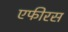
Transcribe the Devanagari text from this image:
एफीरस